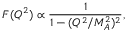
F ( Q ^ { 2 } ) \propto \frac { 1 } { 1 - ( Q ^ { 2 } / M _ { A } ^ { 2 } ) ^ { 2 } } ,